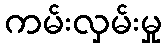
ကမ်းလှမ်းမှု